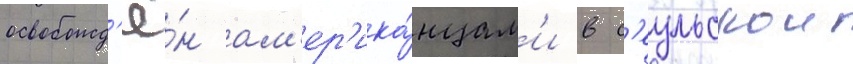
освобожд'ё́н ам'ер'ика́нцам'и в с'еульскои